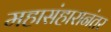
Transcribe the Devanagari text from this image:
महासंहारानंतर